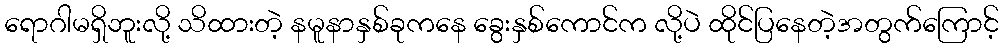
ရောဂါမရှိဘူးလို့ သိထားတဲ့ နမူနာနှစ်ခုကနေ ခွေးနှစ်ကောင်က လို့ပဲ ထိုင်ပြနေတဲ့အတွက်ကြောင့်